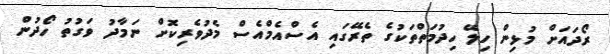
ރޯދައަށް މުޅިން ހިލޭ ހިދުމަތްތަކުގެ ތެރޭގައި އެސްއެމްއެސް މެދުވެރިކޮށް ނަމާދު ވަގުތު ހޯދުން